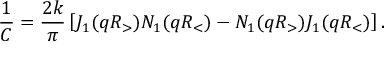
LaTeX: \frac { 1 } { C } = \frac { 2 k } { \pi } \left[ J _ { 1 } ( q R _ { > } ) N _ { 1 } ( q R _ { < } ) - N _ { 1 } ( q R _ { > } ) J _ { 1 } ( q R _ { < } ) \right] .